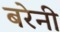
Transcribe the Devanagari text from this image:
बरेनी